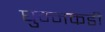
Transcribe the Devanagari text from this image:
घुम्मकडी